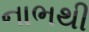
નાભથી